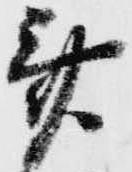
斎